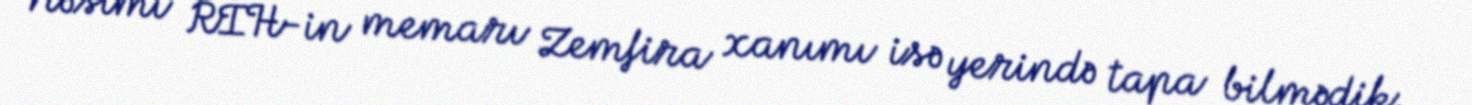
Nəsimi RİH-in memarı Zemfira xanımı isə yerində tapa bilmədik.